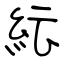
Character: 紜